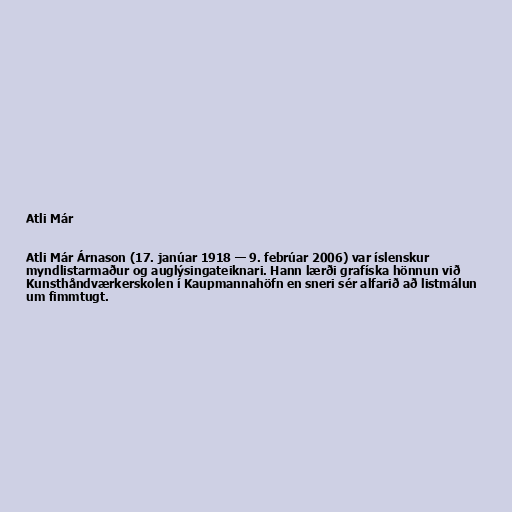
Atli Már

Atli Már Árnason (17. janúar 1918 — 9. febrúar 2006) var íslenskur
myndlistarmaður og auglýsingateiknari. Hann lærði grafíska hönnun við
Kunsthåndværkerskolen í Kaupmannahöfn en sneri sér alfarið að listmálun
um fimmtugt.